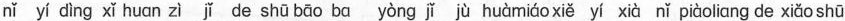
nǐ yí dìng xǐ huān zì jǐ de shū bāo bα yòng jǐ jù huàmiáo xiě yí xià nǐ piàoli αng de xiǎo shū